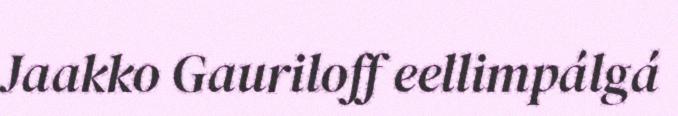
Jaakko Gauriloff eellimpálgá